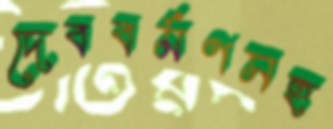
দেববর্মণসহ